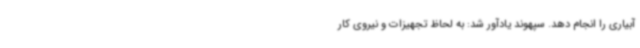
آبیاری را انجام دهد. سپهوند یادآور شد: به لحاظ تجهیزات و نیروی کار